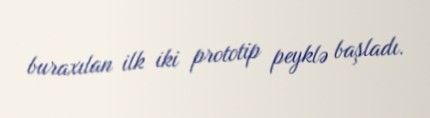
buraxılan ilk iki prototip peyklə başladı.